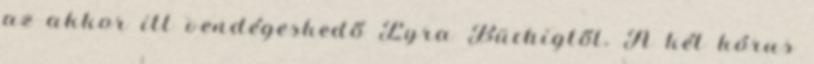
az akkor itt vendégeskedő Lyra Büchigtől. A két kórus